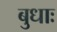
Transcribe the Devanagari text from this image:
बुधाः